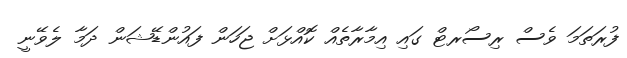
ފުރަތަމަ ވެސް ރިސޯރޓް ގައި އިމާރާތެއް ކޮއްޅަށް ޖަހަން ފައުންޑޭޝަން ދަމާ ލެވޭނީ